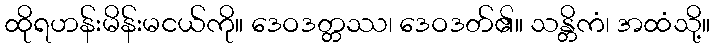
ထိုရဟန်းမိန်းမငယ်ကို။ ဒေဝဒတ္တဿ၊ ဒေဝဒတ်၏။ သန္တိကံ၊ အထံသို့။